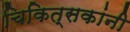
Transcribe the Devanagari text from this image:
चिकित्सकांनी